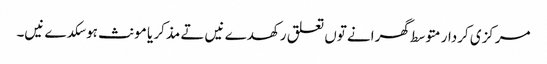
مرکزی کردار متوسط گھرانے تو‏ں تعلق رکھدے نیں تے مذکر یا مونث ہوسکدے نیں۔